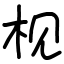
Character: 枧